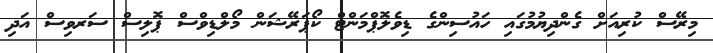
މިރޭސް ކުރިއަށް ގެންދިޔުމުގައި ހައުސިންގެ ޑިވެލޮޕްމަންޓް ކޯޕަރޭޝަން މޯލްޑިވްސް ޕޮލިސް ސަރވިސް އަދި